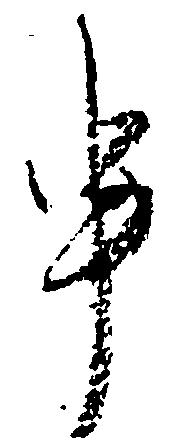
申